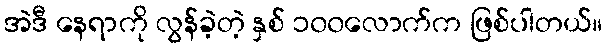
အဲဒီ နေရာကို လွန်ခဲ့တဲ့ နှစ် ၁၀၀လောက်က ဖြစ်ပါတယ်။